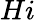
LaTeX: Hi